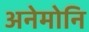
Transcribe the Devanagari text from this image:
अनेमोनि